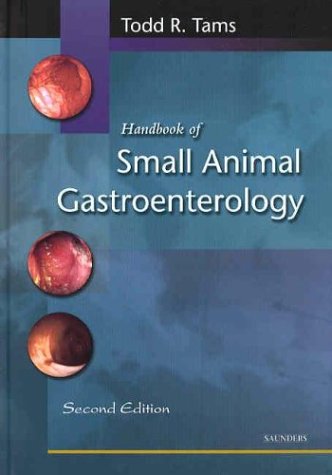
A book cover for Handbook of Small Animal Gastroenterology, 2e; Todd R. Tams DVM  DACVIM; Medical Books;